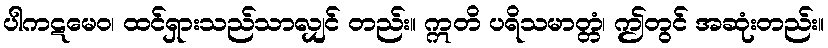
ပါကဋမေဝ၊ ထင်ရှားသည်သာလျှင် တည်း။ ဣတိ ပရိသမာတ္တံ၊ ဤတွင် အဆုံးတည်း။